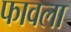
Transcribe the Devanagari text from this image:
फावला